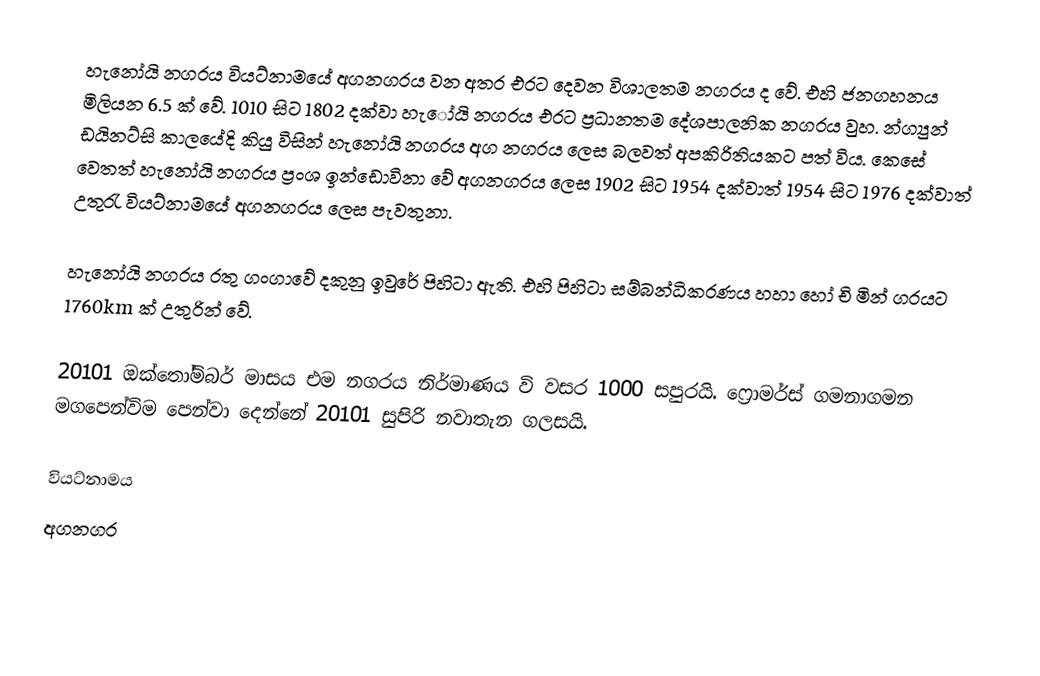
හැනෝයි නගරය වියට්නාමයේ අගනගරය වන අතර එරට දෙවන විශාලතම නගරය ද වේ. එහි ජනගහනය මිලියන 6.5 ක් වේ. 1010 සිට 1802 දක්වා හැ‍ෝයි නගරය එරට ප්‍රධානතම දේශපාලනික නගරය වුහ. න්ග්‍යුන් ඩයිනට්සි කාලයේදි කියු විසින් හැනෝයි නගරය අග නගරය ලෙස බලවත් අපකිරිතියකට පත් විය. කෙසේ වෙතත් හැනෝයි නගරය ප්‍රංශ ඉන්ඩොවිනා වේ අගනගරය ලෙස 1902 සිට 1954 දක්වාත් 1954 සිට 1976 දක්වාත් උතුරැ වියට්නාමයේ අගනගරය ලෙස පැවතුනා.

හැනෝයි නගරය රතු ගංගාවේ දකුනු ඉවුරේ පිහිටා ඇති. එහි පිහිටා සම්බන්ධිකරණය හහා හෝ චි මින් ගරයට 1760km ක් උතුරින් වේ.

20101 ඔක්තෝම්බර් මාසය එම නගරය නිර්මාණය වි වසර 1000 සපුරයි. ෆ්‍රොමර්ස් ගමනාගමන මගපෙන්විම පෙන්වා දෙන්නේ 20101 සුපිරි නවාතැන ගලසයි.

වියට්නාමය
අගනගර